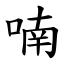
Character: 喃